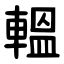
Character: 轀